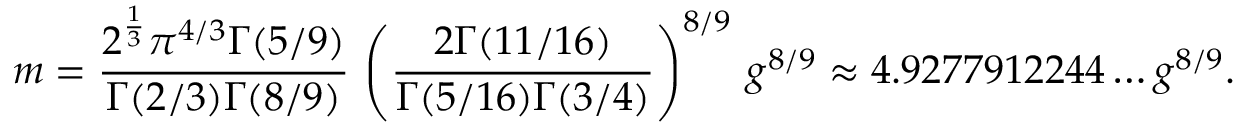
m = { \frac { 2 ^ { \frac { 1 } { 3 } } \pi ^ { 4 / 3 } \Gamma ( 5 / 9 ) } { \Gamma ( 2 / 3 ) \Gamma ( 8 / 9 ) } } \, \left( { \frac { 2 \Gamma ( 1 1 / 1 6 ) } { \Gamma ( 5 / 1 6 ) \Gamma ( 3 / 4 ) } } \right) ^ { 8 / 9 } \, g ^ { 8 / 9 } \approx 4 . 9 2 7 7 9 1 2 2 4 4 \ldots g ^ { 8 / 9 } .